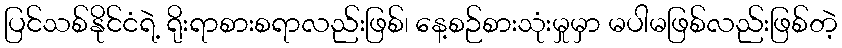
ပြင်သစ်နိုင်ငံရဲ့ ရိုးရာစားစရာလည်းဖြစ်၊ နေ့စဉ်စားသုံးမှုမှာ မပါမဖြစ်လည်းဖြစ်တဲ့